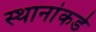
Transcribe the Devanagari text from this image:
स्थानांकडे